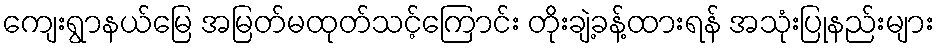
ကျေးရွာနယ်မြေ အမြတ်မထုတ်သင့်ကြောင်း တိုးချဲ့ခန့်ထားရန် အသုံးပြုနည်းများ